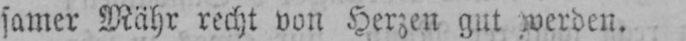
samer Mähr recht von Herzen gut werden.